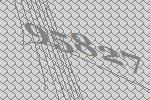
95827